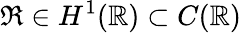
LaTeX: \mathfrak{R}\in H^{1}(\mathbb{R})\subset C(\mathbb{R})